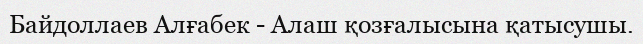
Байдоллаев Алғабек - Алаш қозғалысына қатысушы.